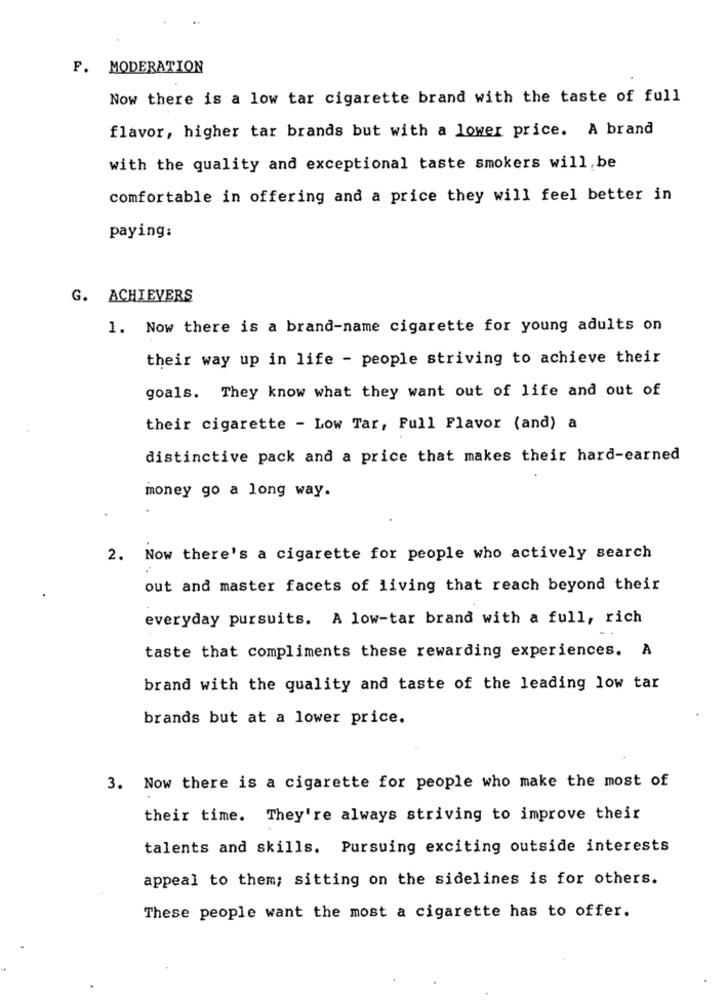
F. MODERATION
Now there is a low tar cigarette brand with the taste of full
flavor, higher tar brands but with a lower price. A brand
with the quality and exceptional taste smokers will be
comfortable in offering and a price they will feel better in
paying:
G. ACHIEVERS
1. Now there is a brand-name cigarette for young adults on
their way up in life - people striving to achieve their
goals. They know what they want out of life and out of
their cigarette - Low Tar, Full Flavor (and) a
distinctive pack and a price that makes their hard-earned
money go a long way.
2. Now there's a cigarette for people who actively search
out and master facets of living that reach beyond their
everyday pursuits. A low-tar brand with a full, rich
taste that compliments these rewarding experiences. A
brand with the quality and taste of the leading low tar
brands but at a lower price.
3. Now there is a cigarette for people who make the most of
their time. They're always striving to improve their
talents and skills. Pursuing exciting outside interests
appeal to them; sitting on the sidelines is for others.
These people want the most a cigarette has to offer.